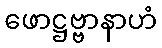
ဖောဋ္ဌဗ္ဗာနာဟံ